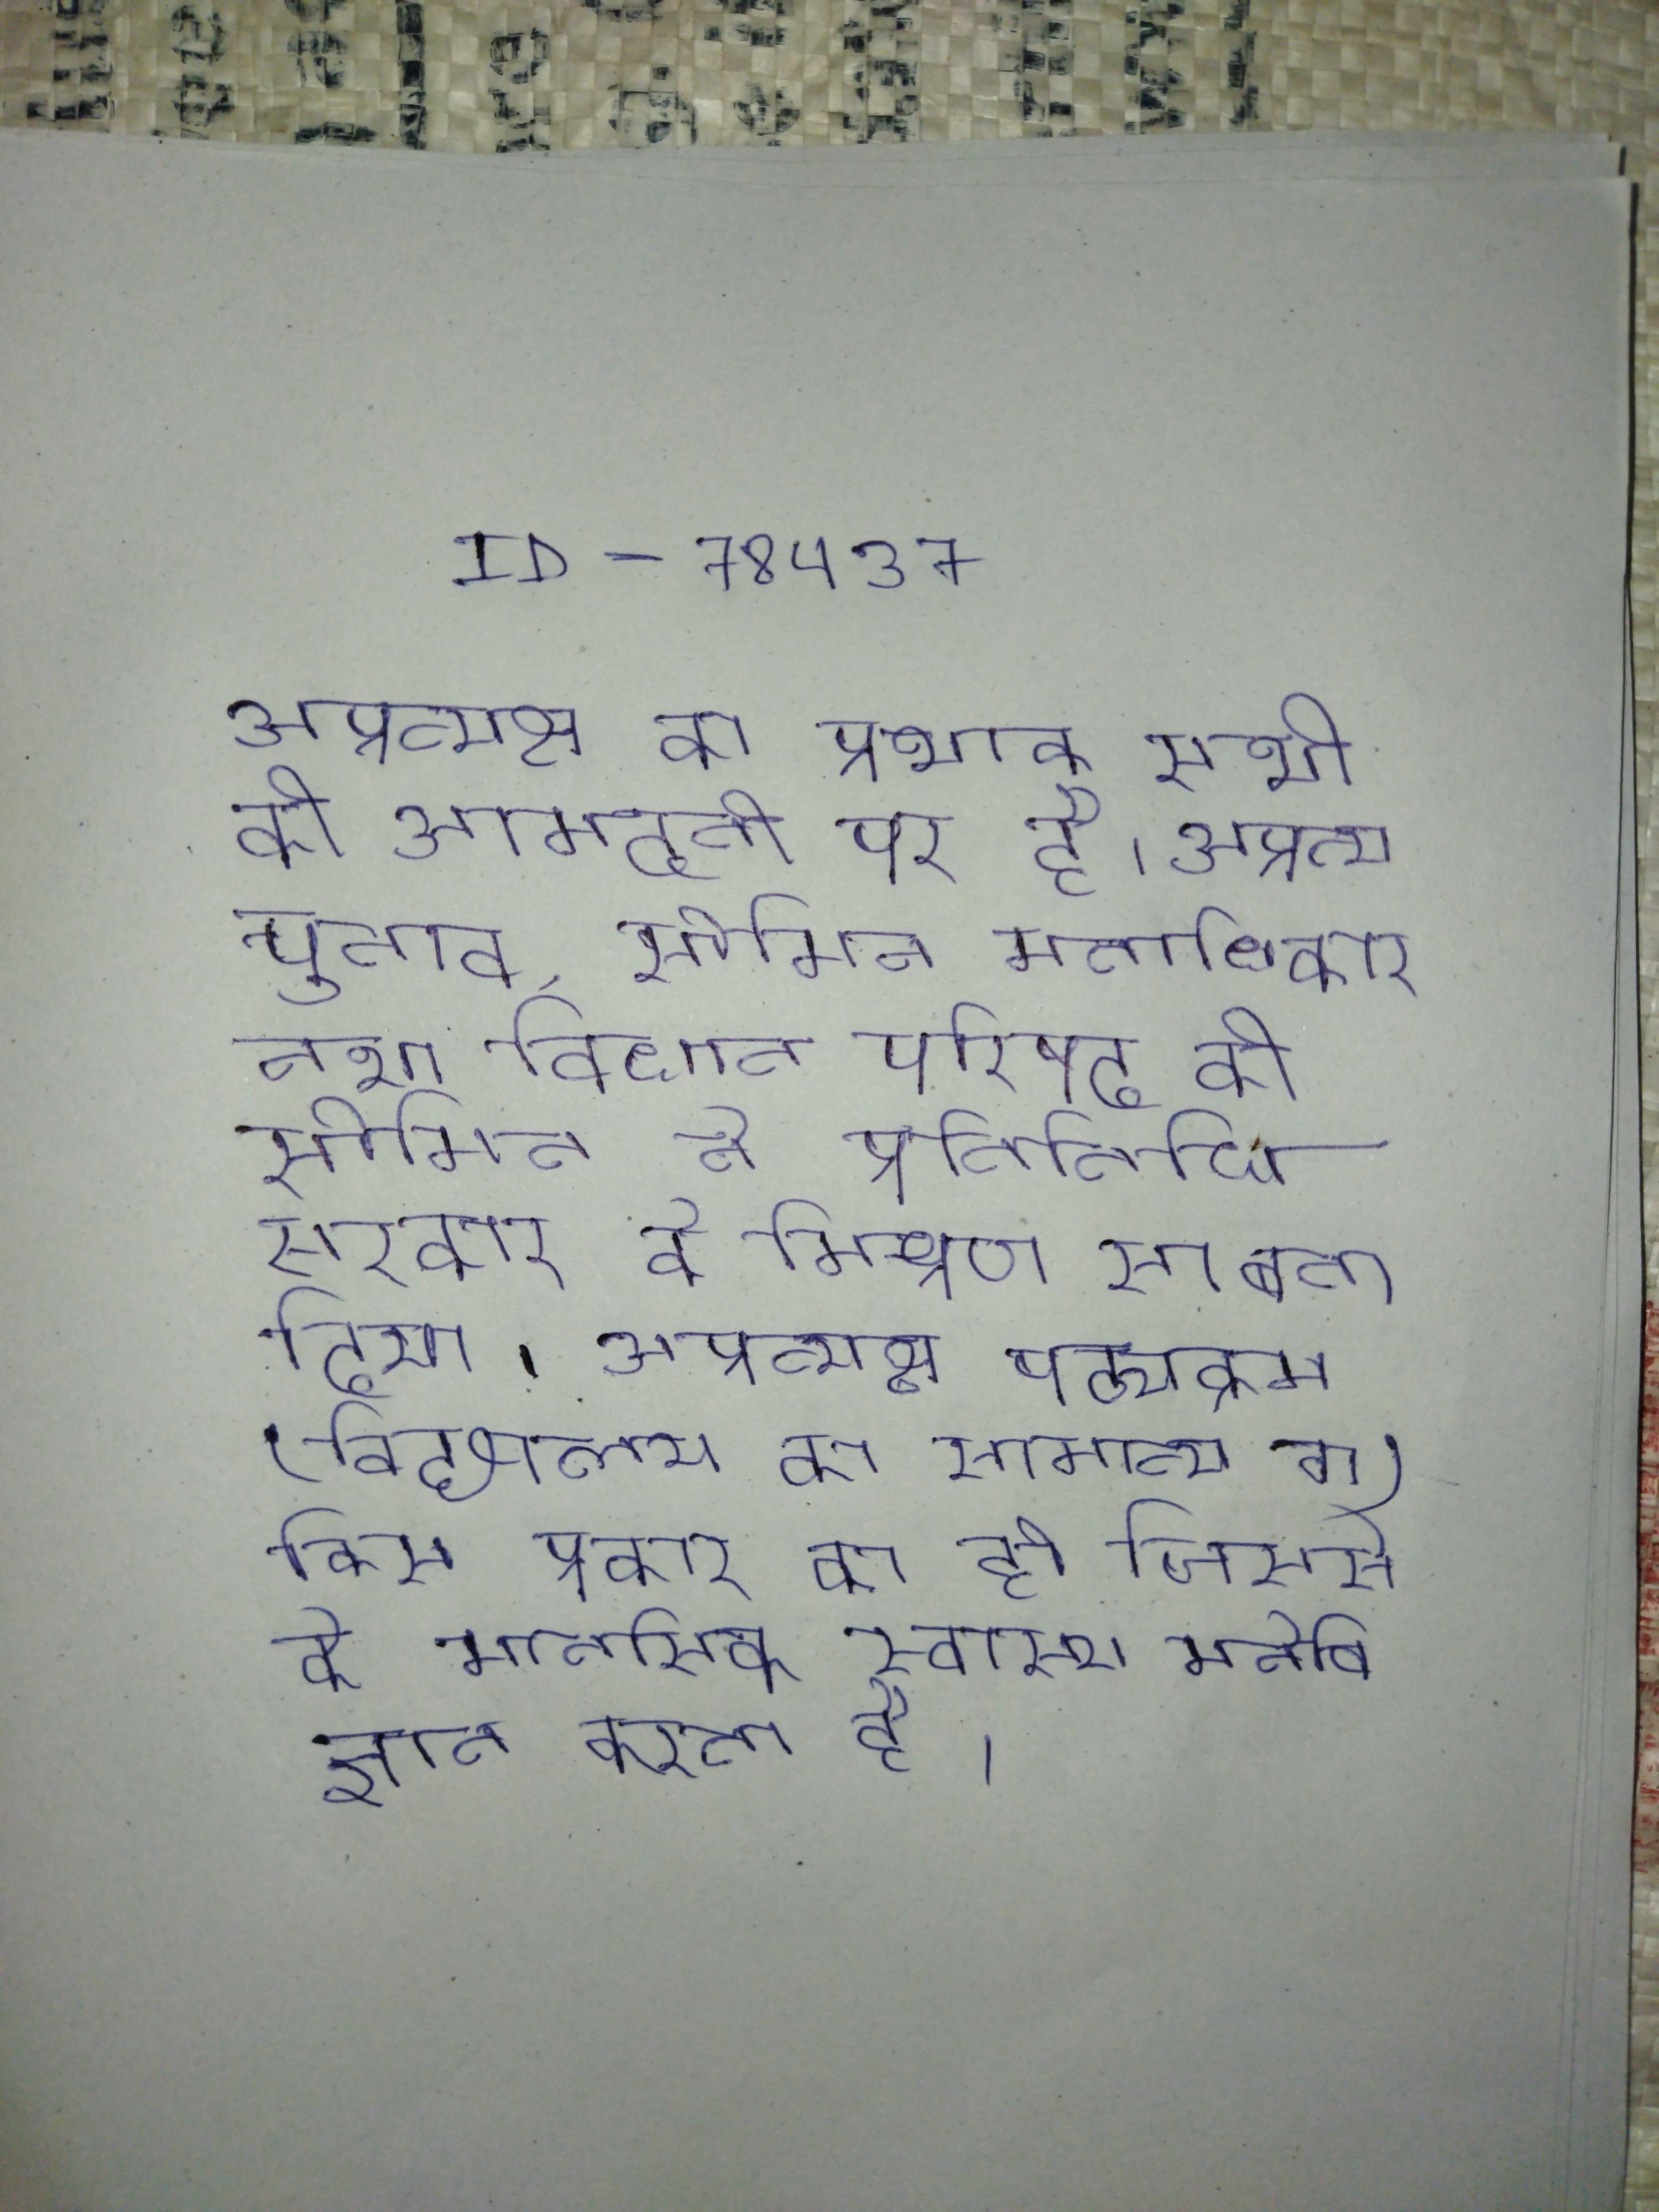
अप्रत्यक्ष का प्रभाव सभी की आमदनी पर है । अप्रत्यक्ष चुनाव, सीमित मताधिकार तथा विधान परिषद की सीमित ने प्रतिनिधि सरकार को मिश्रण सा बना दिया । अप्रत्यक्ष पाठ्यक्रम (विद्यालय का सामान्य वातावरण) किस प्रकार का हो जिससे के मानसिक स्वास्थ्य पर विपरीत प्रभाव न आदि महत्वपूर्ण का समाधान मनोविज्ञान करता है ।